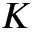
K